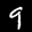
Label: 9